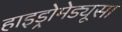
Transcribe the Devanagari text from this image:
हाइड्रोमेड्यूसा